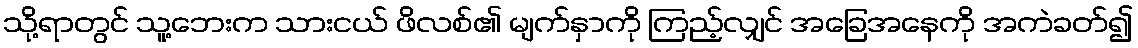
သို့ရာတွင် သူ့ဘေးက သားငယ် ဖိလစ်၏ မျက်နှာကို ကြည့်လျှင် အခြေအနေကို အကဲခတ်၍